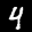
Label: 4